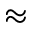
\approx